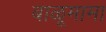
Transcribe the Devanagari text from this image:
बाळूमामा